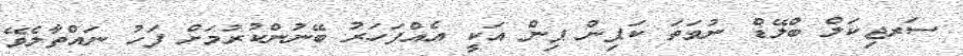
ސަރޖިކަލް ބްލޭޑް ނުވަތަ ކަޕިން ޕިން އަކީ އެއްފަހަރު ބޭނުންކުރުމަށް ފަހު ނައްތާލެވޭ